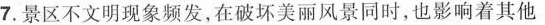
7. 景区不文明现象频发，在破坏美丽风景同时，也影响着其他